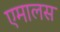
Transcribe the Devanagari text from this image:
एमालस